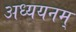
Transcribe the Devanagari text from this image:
अध्ययनम्